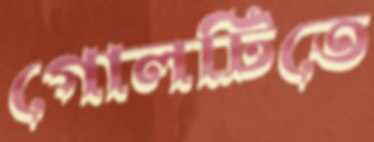
গোলটিতে